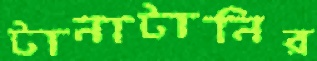
টানাটানির